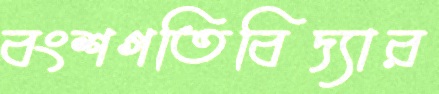
বংশগতিবিদ্যার